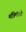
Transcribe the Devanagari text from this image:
मंत्रिमंडळे